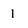
Character: 1